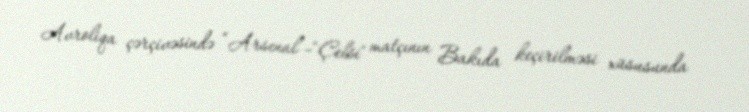
Avroliqa çərçivəsində “Arsenal”-"Çelsi" matçının Bakıda keçirilməsi xüsusunda